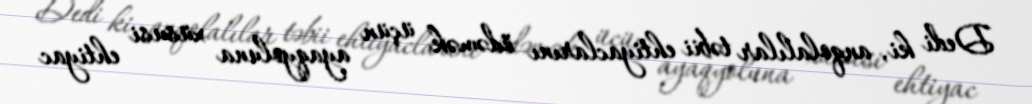
Dedi ki, anqolalılar təbii ehtiyaclarını ödəmək üçün ayaqyoluna xüsusi ehtiyac